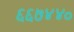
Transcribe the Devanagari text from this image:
६६७४४०